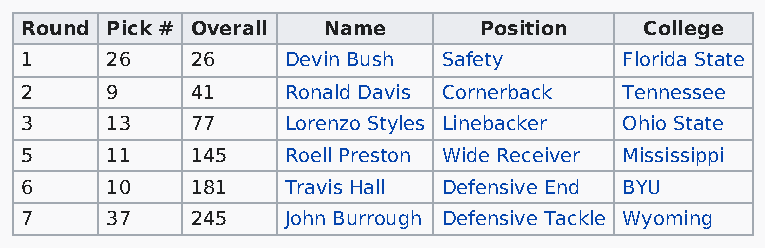
Round Pick # Overall Name      Position   College
 1     26    26    Devin Bush Safety     Florida State
 2     9     41    Ronald Davis Cornerback Tennessee
 3     13    77    Lorenzo Styles Linebacker Ohio State
 5     11    145   Roell Preston Wide Receiver Mississippi
 6     10    181   Travis Hall Defensive End BYU
 7     37    245   John Burrough Defensive Tackle Wyoming